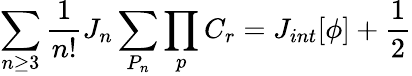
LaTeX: \sum_{n\ge 3}{\frac 1{n!}}J_{n}\sum_{P_{n}}\prod_{p}C_{r}=J_{int}[\phi]+{\frac 12}